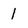
Character: 1